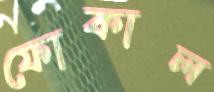
ফোকাল